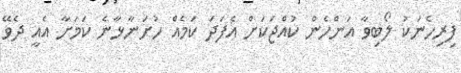
ފިރިހެނަކު ލޯބިވާ އަންހެން ކުއްޖަކަށް އެފަދަ ކަމެއް ހުށަނާޅާނެ ކަމަށާ އެއީ ދެވޭ